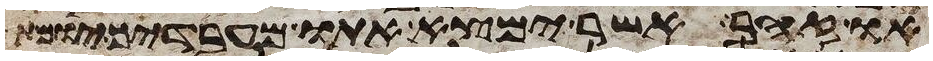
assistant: או זהב אשר ימצא אתו מעבדיך יומת